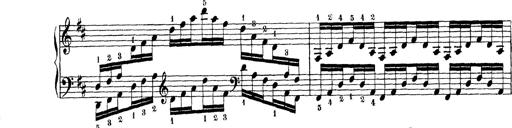
Title: Technische Studien
Composer: Franz Liszt